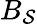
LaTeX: B_{\mathcal{S}}